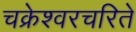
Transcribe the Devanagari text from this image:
चक्रेश्वरचरिते